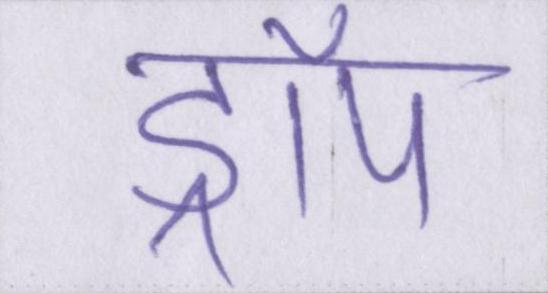
ड्रॉप